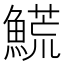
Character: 𩺊